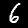
Label: 6